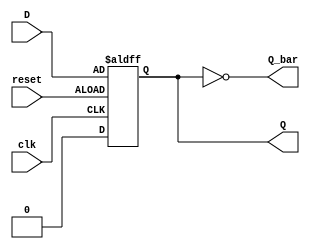
module D_flip_flop(Q, Q_bar, D, clk, reset);
	input D;
	input clk, reset;
	output reg Q;
	output Q_bar;
	
	always @(posedge clk, negedge reset)
		if (reset == 1) Q <= 1'b0;
		else Q <= D;		// Follow input D
		
	assign Q_bar = ~Q;
endmodule